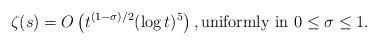
LaTeX: \begin{align*}\zeta(s) = O \left( t^{(1-\sigma)/2} (\log t)^5 \right), \mbox{uniformly in} \ 0 \leq \sigma \leq 1.\end{align*}